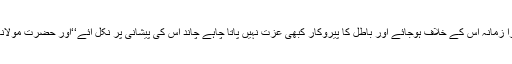
’’حق کا پرستار کبھی ذلیل نہیں ہوتا چاہے سارا زمانہ اس کے خلاف ہوجائے اور باطل کا پیروکار کبھی عزت نہیں پاتا چاہے چاند اس کی پیشانی پر نکل آئے‘‘اور حضرت مولانا جلال الدین رومیؒ کا یہ قول کتنا سچا ہے کہ:۔